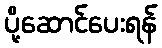
ပို့ဆောင်ပေးရန်